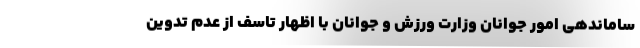
ساماندهی امور جوانان وزارت ورزش و جوانان با اظهار تاسف از عدم تدوین